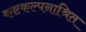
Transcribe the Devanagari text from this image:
कष्टकल्पनाश्रित